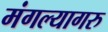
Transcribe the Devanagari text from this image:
मंगल्यागरु